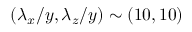
( \lambda _ { x } / y , \lambda _ { z } / y ) \sim ( 1 0 , 1 0 )